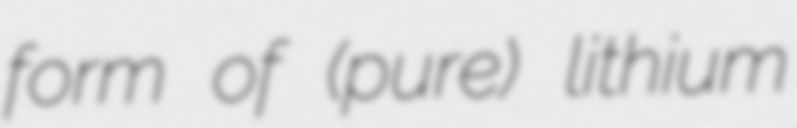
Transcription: form of (pure) lithium